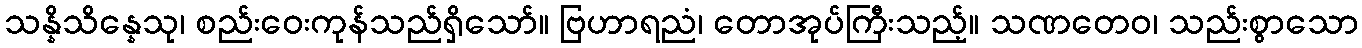
သန္နိသိန္နေသု၊ စည်းဝေးကုန်သည်ရှိသော်။ ဗြဟာရညံ၊ တောအုပ်ကြီးသည့်။ သဏတေဝ၊ သည်းစွာသော